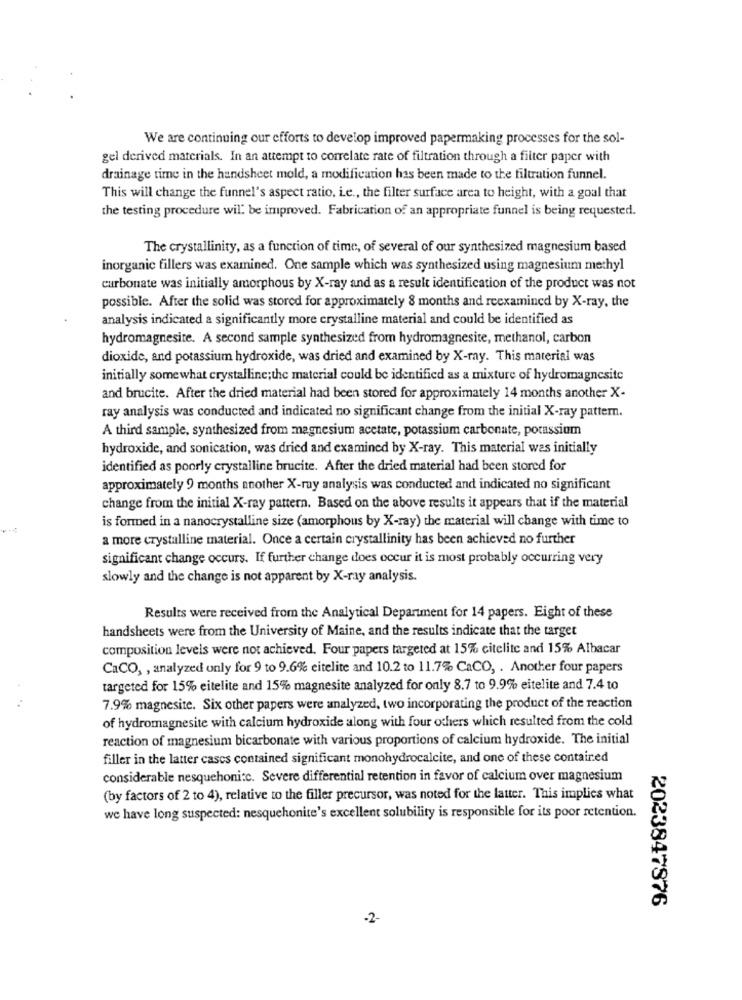
We are continuing our efforts to develop improved papermaking processes for the sol-
gel derived materials. In an attempt to correlate rate of filtration through a filter paper with
drainage time in the handsheet mold, a modification has been made to the filtration funnel.
This will change the funnel's aspect ratio, Le ., the filter surface area to height, with a goal that
the testing procedure will be improved. Fabrication of an appropriate funnel is being requested.
The crystallinity, as a function of time, of several of our synthesized magnesium based
inorganic fillers was examined. One sample which was synthesized using magnesium methyl
carbonate was initially amorphous by X-ray and as a result identification of the product was not
possible. After the solid was stored for approximately 8 months and reexamined by X-ray, the
analysis indicated a significantly more crystalline material and could be identified as
hydromagnesite. A second sample synthesized from hydromagnesite, methanol, carbon
dioxide, and potassium hydroxide, was dried and examined by X-ray. This material was
initially somewhat crystalline; the material could be identified as a mixture of hydromagnesite
and brucite. After the dried material had been stored for approximately 14 months another X-
ray analysis was conducted and indicated no significant change from the initial X-ray pattern.
A third sample, synthesized from magnesium acetate, potassium carbonate, potassium
hydroxide, and sonication, was dried and examined by X-ray. This material was initially
identified as poorly crystalline brucite. After the dried material had been stored for
approximately 9 months another X-ray analysis was conducted and indicated no significant
change from the initial X-ray pattern. Based on the above results it appears that if the material
is formed in a nanocrystalline size (amorphous by X-ray) the material will change with time to
a more crystalline material. Once a certain crystallinity has been achieved no further
significant change occurs. If further change does occur it is most probably occurring very
slowly and the change is not apparent by X-ray analysis.
Results were received from the Analytical Department for 14 papers. Eight of these
handsheets were from the University of Maine, and the results indicate that the target
composition levels were not achieved. Four papers targeted at 15% citelite and 15% Albacar
CaCO, , analyzed only for 9 to 9.6% eitelite and 10.2 to 11.7% CaCO, . Another four papers
targeted for 15% eitelite and 15% magnesite analyzed for only 8.7 to 9.9% eitelite and 7.4 to
7.9% magnesite. Six other papers were analyzed, two incorporating the product of the reaction
of hydromagnesite with calcium hydroxide along with four others which resulted from the cold
reaction of magnesium bicarbonate with various proportions of calcium hydroxide. The initial
filler in the latter cascs contained significant monohydrocalcite, and one of these contained
considerable nesquehoni:c. Severe differential retention in favor of calcium over magnesium
(by factors of 2 to 4), relative to the filler precursor, was noted for the latter. This implies what
we have long suspected: nesquehonite's excellent solubility is responsible for its poor retention.
2023847876
-2-